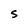
Character: S